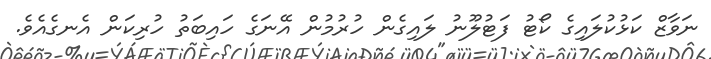
ނަވާޒް ކަޅުކުލައިގެ ކޯޓު ފަޓުލޫނު ލައިގެން ހުރުމުން އޭނަގެ ހައިބަތު ހުރިކަން އެނގެއެވެ.